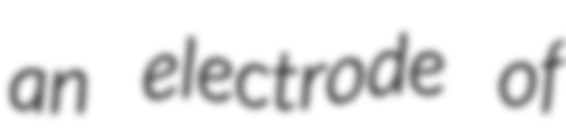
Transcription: an electrode of